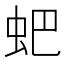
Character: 蚆